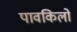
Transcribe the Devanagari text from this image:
पावकिलो